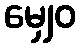
မျှေဝ